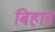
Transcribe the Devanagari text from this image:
बिहाव